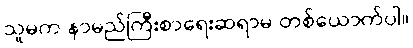
သူမက နာမည်ကြီးစာရေးဆရာမ တစ်ယောက်ပါ။